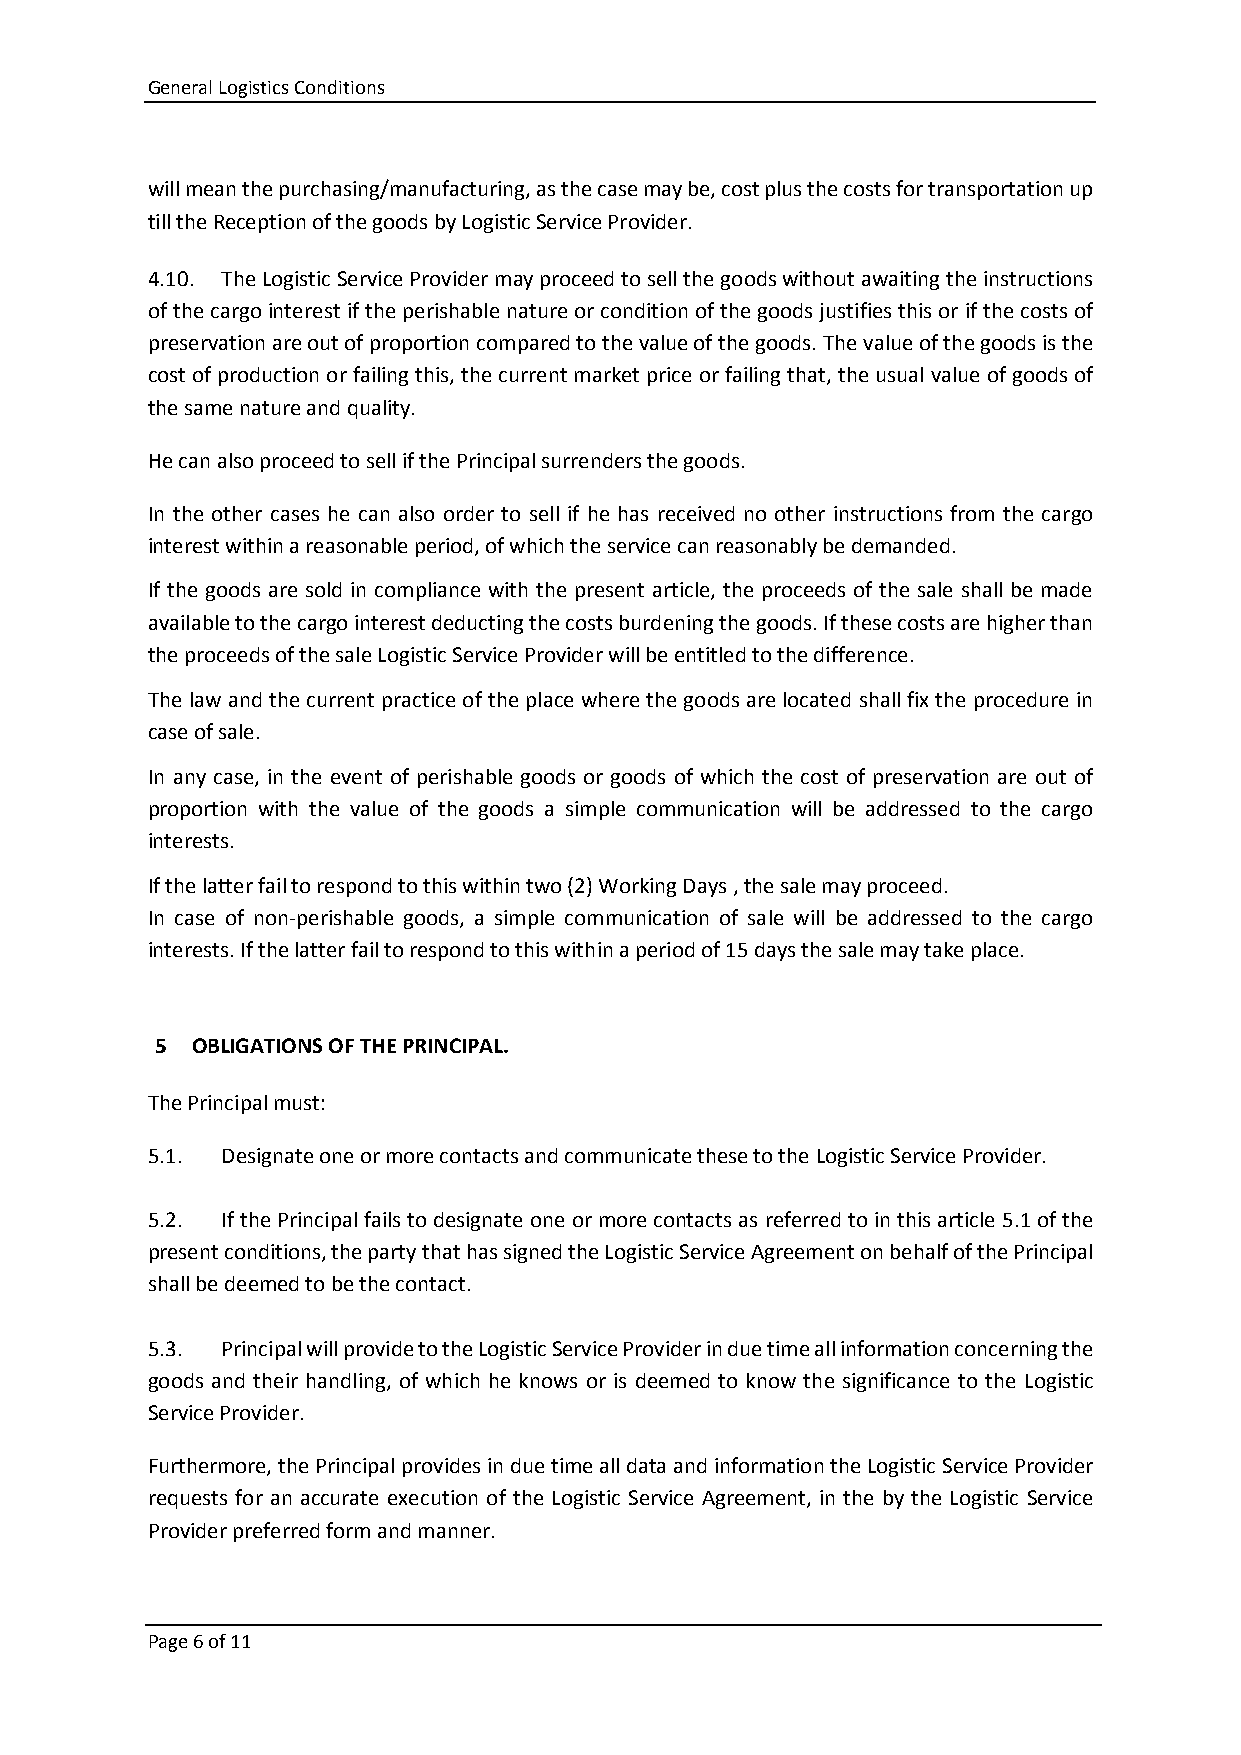
General Logistics Conditions
 will mean the purchasing/manufacturing, as the case may be, cost plus the costs for transportation up
 till the Reception of the goods by Logistic Service Provider.
 4.10. The Logistic Service Provider may proceed to sell the goods without awaiting the instructions
 of the cargo interest if the perishable nature or condition of the goods justifies this or if the costs of
 preservation are out of proportion compared to the value of the goods. The value of the goods is the
 cost of production or failing this, the current market price or failing that, the usual value of goods of
 the same nature and quality.
 He can also proceed to sell if the Principal surrenders the goods.
 In the other cases he can also order to sell if he has received no other instructions from the cargo
 interest within a reasonable period, of which the service can reasonably be demanded.
 If the goods are sold in compliance with the present article, the proceeds of the sale shall be made
 available to the cargo interest deducting the costs burdening the goods. If these costs are higher than
 the proceeds of the sale Logistic Service Provider will be entitled to the difference.
 The law and the current practice of the place where the goods are located shall fix the procedure in
 case of sale.
 In any case, in the event of perishable goods or goods of which the cost of preservation are out of
 proportion with the value of the goods a simple communication will be addressed to the cargo
 interests.
 If the latter fail to respond to this within two (2) Working Days , the sale may proceed.
 In case of non-perishable goods, a simple communication of sale will be addressed to the cargo
 interests. If the latter fail to respond to this within a period of 15 days the sale may take place.
 5  OBLIGATIONS OF THE PRINCIPAL.
 The Principal must:
 5.1. Designate one or more contacts and communicate these to the Logistic Service Provider.
 5.2. If the Principal fails to designate one or more contacts as referred to in this article 5.1 of the
 present conditions, the party that has signed the Logistic Service Agreement on behalf of the Principal
 shall be deemed to be the contact.
 5.3. Principal will provide to the Logistic Service Provider in due time all information concerning the
 goods and their handling, of which he knows or is deemed to know the significance to the Logistic
 Service Provider.
 Furthermore, the Principal provides in due time all data and information the Logistic Service Provider
 requests for an accurate execution of the Logistic Service Agreement, in the by the Logistic Service
 Provider preferred form and manner.
 Page 6 of 11